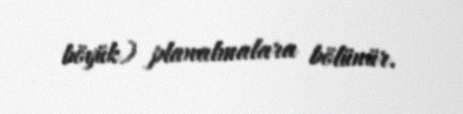
böyük) planalmalara bölünür.